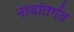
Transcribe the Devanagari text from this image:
नावांतर्गत